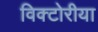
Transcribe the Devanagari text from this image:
विक्टोरीया